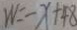
W = - x + 4 8